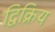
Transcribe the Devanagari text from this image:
द्विक्रिय